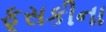
ફૂસકીના